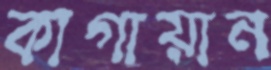
কাগায়ান